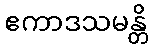
ဧကာဒသမန္တိ